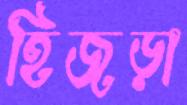
হিজড়া